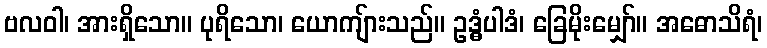
ဗလဝါ၊ အားရှိသော။ ပုရိသော၊ ယောကျ်ားသည်။ ဥဒ္ဓံပါဒံ၊ ခြေမိုးမျှော်။ အဓောသိရံ၊